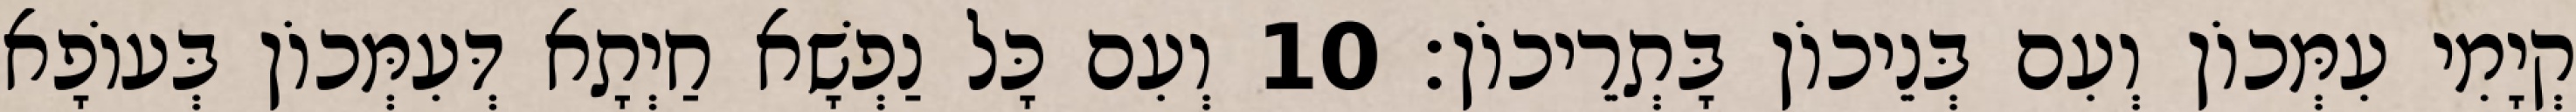
קְיָמִי עִמְּכוֹן וְעִם בְּנֵיכוֹן בָּתְרֵיכוֹן׃ 10 וְעִם כָּל נַפְשָׁא חַיְתָא דְּעִמְּכוֹן בְּעוֹפָא